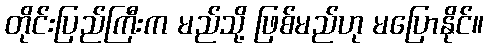
တိုင်းပြည်ကြီးက မည်သို့ ဖြစ်မည်ဟု မပြောနိုင်။